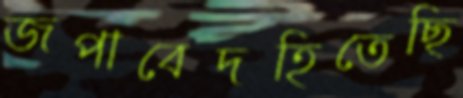
জপাবেদহিতেছি